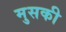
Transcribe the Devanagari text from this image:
मुसकी